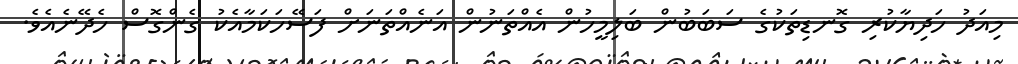
މިއަދު ހަދިޔާކުރި ގޮނޑިތަކުގެ ސަބަބުން ބަލިމީހުން އެއްތަނުން އަނެއްތަނަށް ފަސޭހަކަމާއެކު ގެންގޮސް ހެދޭނެއެވެ.